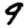
Digit: 9